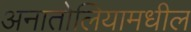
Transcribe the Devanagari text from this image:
अनातोलियामधील